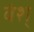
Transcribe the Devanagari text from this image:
वंश्